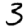
Digit: 3